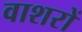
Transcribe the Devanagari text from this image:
वाशरों